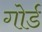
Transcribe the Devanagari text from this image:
गोर्ड